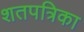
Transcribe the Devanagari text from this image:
शतपत्रिका